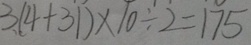
3 . ( 4 + 3 1 ) \times 1 0 \div 2 = 1 7 5